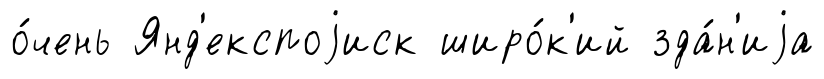
о́чень Янд'експоjиск широ́к'ий зда́н'иjа